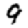
Digit: 9